Insane asylums in Bengal annual reports 1867-1875 - 1867-1875
Year: 1867
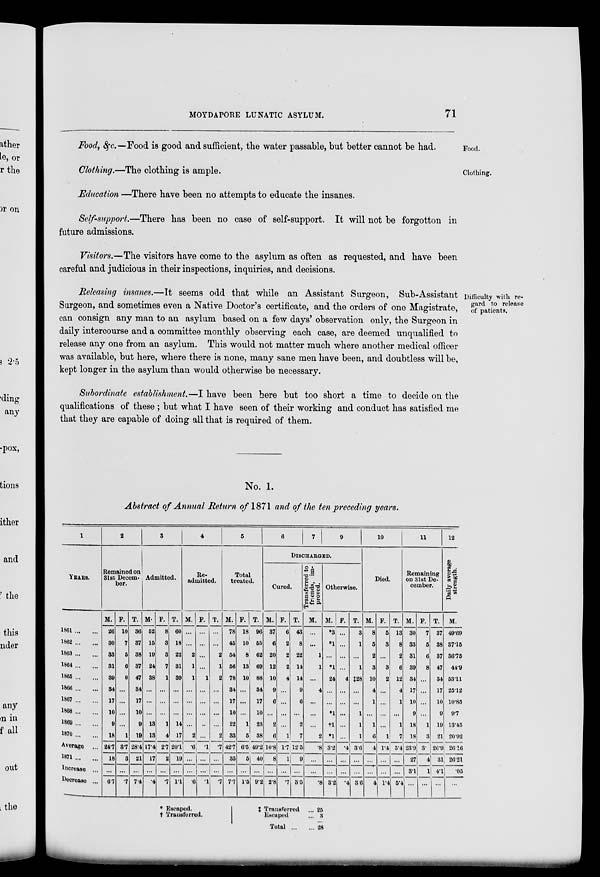
MOYDAPORE LUNATIC ASYLUM.
71
Food.
Food, &c.—Food is good and sufficient, the water passable, but better cannot be had.
Clothing.
Clothing.—The clothing is ample.
Education —There have been no attempts to educate the insanes.
Self-support.—There has been no case of self-support. It will not be forgotton in
future admissions.
Visitors.—The visitors have come to the asylum as often as requested, and have been
careful and judicious in their inspections, inquiries, and decisions.
Difficulty with re-
gard to release
of patients.
Releasing insanes.—It seems odd that while an Assistant Surgeon, Sub-Assistant
Surgeon, and sometimes even a Native Doctor's certificate, and the orders of one Magistrate,
can consign any man to an asylum based on a few days' observation only, the Surgeon in
daily intercourse and a committee monthly observing each case, are deemed unqualified to
release any one from an asylum. This would not matter much where another medical officer
was available, but here, where there is none, many sane men have been, and doubtless will be,
kept longer in the asylum than would otherwise be necessary.
Subordinate establishment.—I have been here but too short a time to decide on the
qualifications of these ; but what I have seen of their working and conduct has satisfied me
that they are capable of doing all that is required of them.
No. 1.
Abstract of Annual Return of 1871 and of the ten preceding years.
1
YEARS.
1861 ... ...
1862 ... ...
1863 ... ...
1864 ... ...
1865 ... ...
1866 ... ...
1867 ... ...
1868 ... ...
1869 ... ...
1870 ... ...
Average ...
1871 ... ...
Increase ...
Decrease ...
2
Remained on
31st Decem-
ber.
M.
26
30
33
31
39
34
17
10
9
18
24.7
18
...
6.7
F.
10
7
5
6
8
...
...
...
...
1
3.7
3
...
.7
T.
36
37
38
37
47
34
17
10
9
19
28.4
21
...
7.4
3
Admitted.
M.
52
15
19
24
38
...
...
...
13
13
17.4
17
...
.4
F.
8
3
3
7
1
...
...
...
1
4
2.7
2
...
.7
T.
60
18
22
31
39
...
...
...
14
17
20.1
19
...
1.1
4
Re-
admitted.
M.
...
...
2
1
1
...
...
...
...
2
.6
...
...
.6
F.
...
...
...
...
1
...
...
...
..
...
.1
...
...
.1
T.
...
...
2
1
2
...
...
...
...
2
.7
...
...
.7
5
Total
treated.
M.
78
45
54
56
78
34
17
10
22
33
42.7
35
...
7.7
F.
18
10
8
13
10
...
...
...
1
5
6.5
5
...
1.5
T.
96
55
62
69
88
34
17
10
23
38
49.2
40
...
9.2
6
7
9
DISCHARGED.
Cured.
M.
37
6
20
12
10
9
6
...
2
6
10.8
8
...
2.8
F.
6
2
2
2
4
...
...
...
...
1
1.7
1
...
.7
T.
43
8
22
14
14
9
6
...
2
7
12.5
9
...
3.5
Transrerred to
friends, im-
proved.
M.
...
...
1
1
...
4
...
...
...
2
.8
...
...
.8
Otherwise.
M.
*3
*1
...
*1
24
...
...
*1
†1
*1
3.2
...
...
3.2
F.
...
...
...
...
4
...
...
...
...
...
.4
...
...
.4
T.
3
1
...
1
‡28
...
...
1
1
1
3.6
...
...
3.6
10
Died.
M.
8
5
2
3
10
4
1
...
1
6
.4
...
...
4
F.
5
3
...
3
2
...
...
...
...
1
1.4
...
...
1.4
T.
13
8
2
6
12
4
1
...
1
7
5.4
...
...
5.4
11
Remaining
on 31st De-
cember.
M.
30
33
31
39
34
17
10
9
18
18
23.9
27
3.1
...
F.
7
5
6
8
...
...
...
...
1
3
3.
4
1
...
T.
37
38
37
47
34
17
10
9
19
21
26.9
31
4.1
...
12
Daily average
strength.
M.
49.69
37.15
36.75
44.9
53.11
25.12
10.85
9.7
13.45
20.92
26.16
26.21
.05
...
* Escaped.
†Transferred.
‡ Transferred ...
Escaped ...
Total ... ...
25
3
28